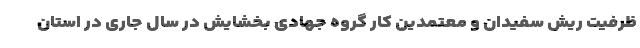
ظرفیت ریش سفیدان و معتمدین کار گروه جهادی بخشایش در سال جاری در استان